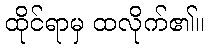
ထိုင်ရာမှ ထလိုက်၏။